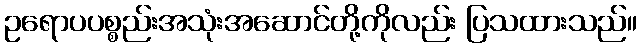
ဥရောပပစ္စည်းအသုံးအဆောင်တို့ကိုလည်း ပြသထားသည်။